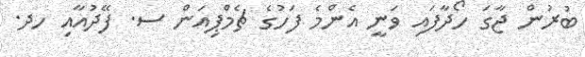
ބުރުން ޖާގަ ހޯދާފައި ވަނީ އެންމެ ފަހުގެ ޗެމްޕިއަން ސ. ފޭދުއާއި ހދ.